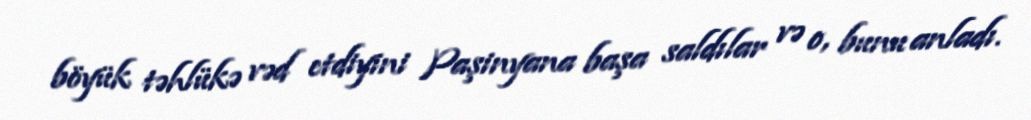
böyük təhlükə vəd etdiyini Paşinyana başa saldılar və o, bunu anladı.